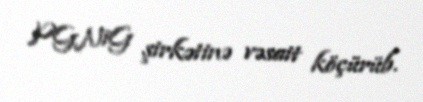
PGNiG şirkətinə vəsait köçürüb.